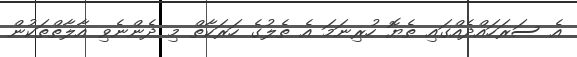
އެ ސަރަހައްދެއްގައި ތެޔޮ ހުރިނަމަ އެ ތެލުގެ ހަރަކާތް މި ދެންނެވި އާލާތްތަކުން